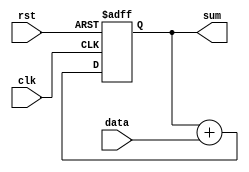
module accumulator (
    input wire clk,
    input wire rst,
    input wire [31:0] data,
    output reg [31:0] sum
);

reg [31:0] temp_sum;

always @(posedge clk or posedge rst) begin
    if (rst) begin
        temp_sum <= 0;
    end else begin
        temp_sum <= temp_sum + data;
    end
end

assign sum = temp_sum;

endmodule